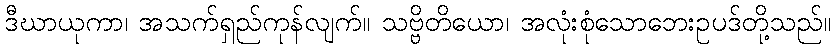
ဒီဃာယုကာ၊ အသက်ရှည်ကုန်လျက်။ သဗ္ဗိတိယော၊ အလုံးစုံသောဘေးဥပဒ်တို့သည်။